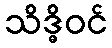
သိဒ္ဓိဝင်